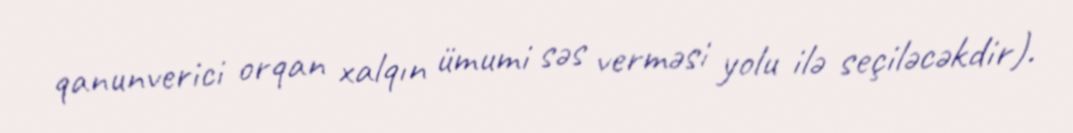
qanunverici orqan xalqın ümumi səs verməsi yolu ilə seçiləcəkdir).